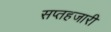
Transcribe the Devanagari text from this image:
सप्तहजारी